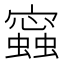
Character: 𧒧